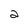
Character: a